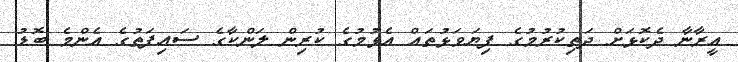
އީރާނާ ދެކޮޅަށް ދަތިކުރުމުގެ ފިޔަވަޅުތައް އެޅުމުގެ ކުރިން ލަންކާގެ ސައިފަތުގެ އެންމެ ބޮޑު